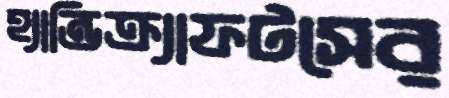
হ্যান্ডিক্র্যাফটসের